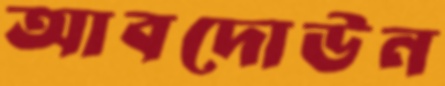
আবদোউন